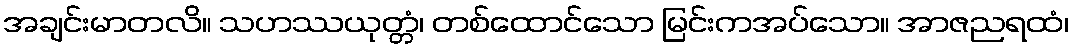
အချင်းမာတလိ။ သဟဿယုတ္တံ၊ တစ်ထောင်သော မြင်းကအပ်သော။ အာဇညရထံ၊